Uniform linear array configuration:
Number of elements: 32
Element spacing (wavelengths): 1
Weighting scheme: cosine
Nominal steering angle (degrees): -15
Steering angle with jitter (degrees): -15.659
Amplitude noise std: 0.05
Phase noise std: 0.05

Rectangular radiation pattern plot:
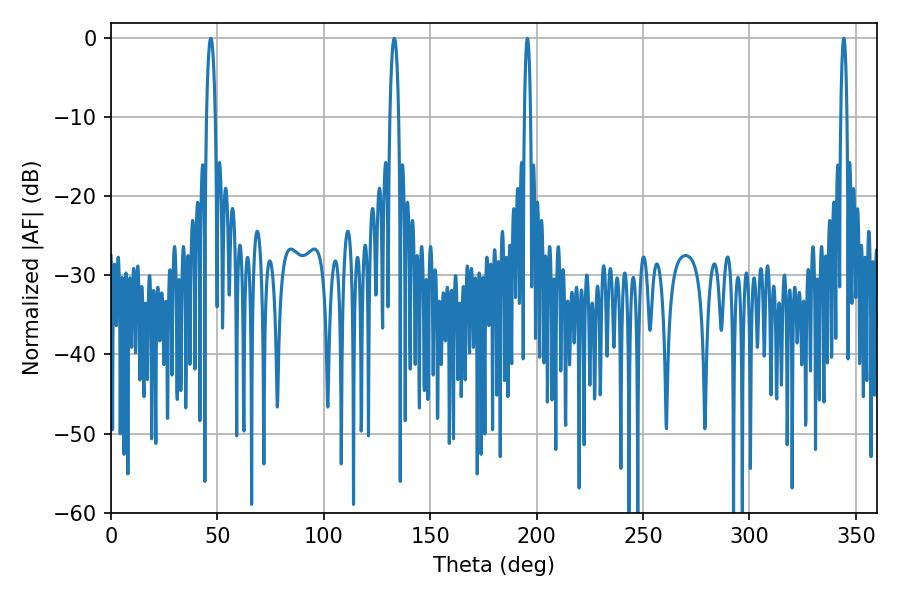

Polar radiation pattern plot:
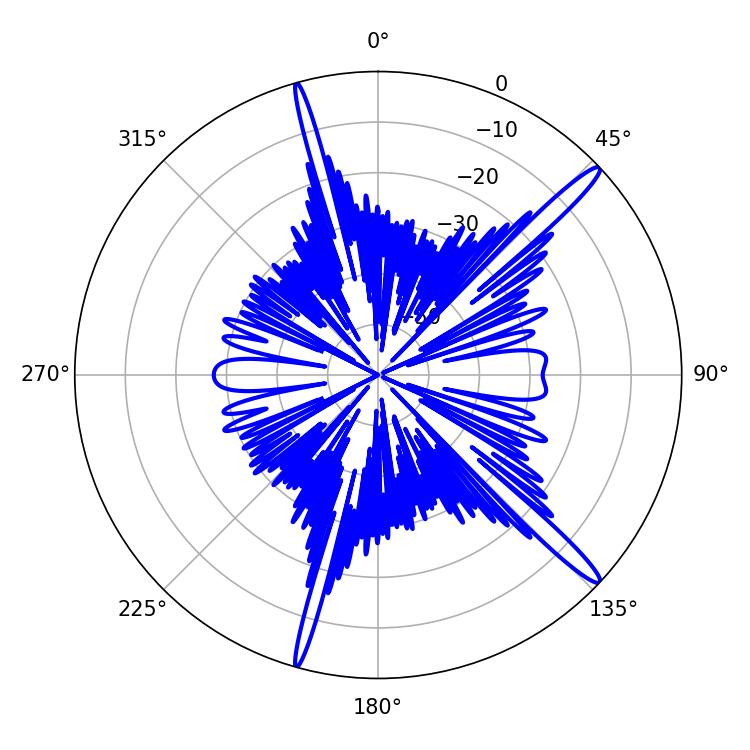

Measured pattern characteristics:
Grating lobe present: TRUE
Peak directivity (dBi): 16.047
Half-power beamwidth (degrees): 1.44
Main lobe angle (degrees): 195.66